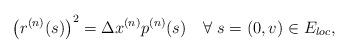
LaTeX: \begin{align*}\left(r^{(n)}(s)\right)^2=\Delta x^{(n)}p^{(n)}(s)\quad\forall\ s=(0,v)\in E_{loc},\end{align*}